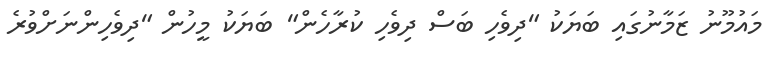
މައުމޫނު ޒަމާނުގައި ބަޔަކު "ދިވެހި ބަސް ދިވެހި ކުރާހެން" ބަޔަކު މީހުން "ދިވެހިންނަށްވުރެ